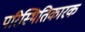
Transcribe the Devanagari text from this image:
परिस्थितिकारक